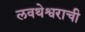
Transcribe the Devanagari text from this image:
लवथेश्वराची